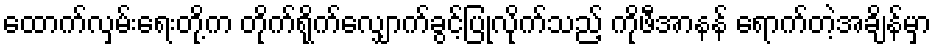
ထောက်လှမ်းရေးတို့က တိုက်ရိုက်လျှောက်ခွင့်ပြုလိုက်သည့် ကိုဖီအာနန် ရောက်တဲ့အချိန်မှာ